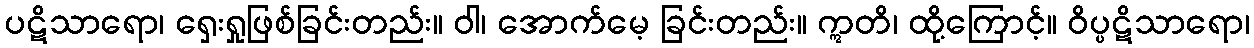
ပဋိသာရော၊ ရှေးရှုဖြစ်ခြင်းတည်း။ ဝါ၊ အောက်မေ့ ခြင်းတည်း။ ဣတိ၊ ထို့ကြောင့်။ ဝိပ္ပဋိသာရော၊